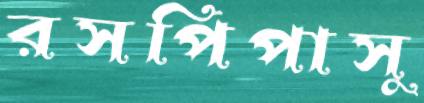
রসপিপাসু